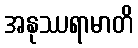
အနုဿရာမာတိ